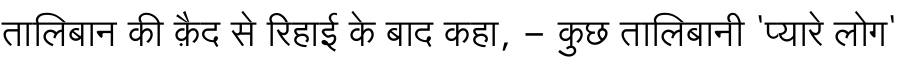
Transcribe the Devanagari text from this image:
तालिबान की क़ैद से रिहाई के बाद कहा, - कुछ तालिबानी 'प्यारे लोग'